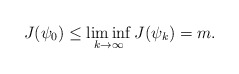
\begin{align*}J(\psi_0)\leq \liminf_{k\rightarrow \infty} J(\psi_k)=m.\end{align*}